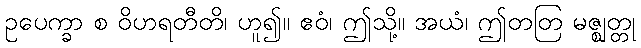
ဥပေက္ခာ စ ဝိဟရတီတိ၊ ဟူ၍။ ဧဝံ၊ ဤသို့။ အယံ၊ ဤတတြ မဇ္ဈတ္တု